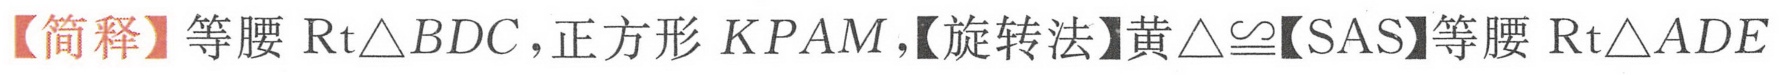
【简释】等腰$\text{Rt}\triangle BDC$，正方形$KPAM$，【旋转法】黄$\triangle\cong$【SAS】等腰$\text{Rt}\triangle ADE$